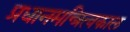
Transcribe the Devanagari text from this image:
प्रधानमन्त्रित्वकाल